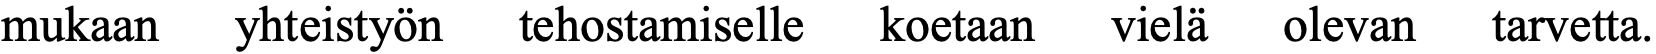
mukaan yhteistyön tehostamiselle koetaan vielä olevan tarvetta.